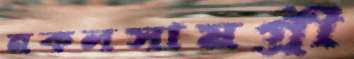
নকলসামগ্রী